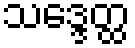
သဒ္ဒေတ္ထ